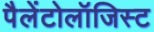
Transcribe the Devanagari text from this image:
पैलेंटोलॉजिस्ट